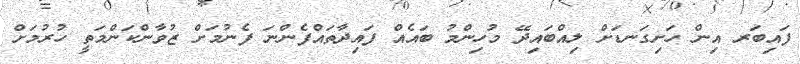
ފައިބަރ އިން ހަށިގަނޑަށް ލިއްބައިދޭ މުހިންމު ބައެއް ފައިދާތައްފެންނަ ފެނުމަށް ޒުވާންކަންމަތީ ހުރުމަށް